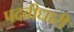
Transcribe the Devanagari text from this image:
पदवीधारी